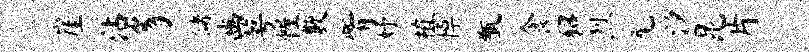
崖沾豸储豳萼幄敷觜妤植悼甑食貂烈髦汐昆片